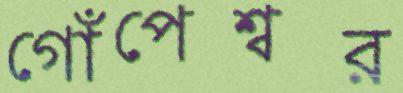
গোঁপেশ্বর